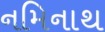
નમિનાથ